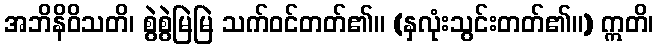
အဘိနိဝိသတိ၊ စွဲစွဲမြဲမြဲ သက်ဝင်တတ်၏။ (နှလုံးသွင်းတတ်၏။) ဣတိ၊